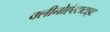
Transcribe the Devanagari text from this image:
क्लीनोएंस्टाटाइट